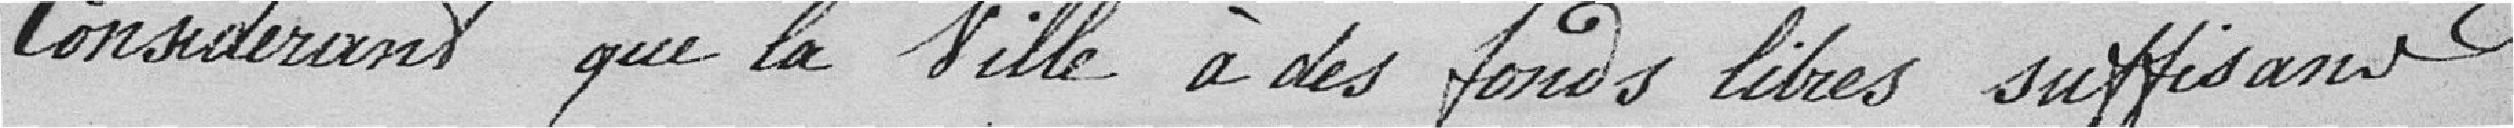
Considérant que la Ville à des fonds libres suffisants